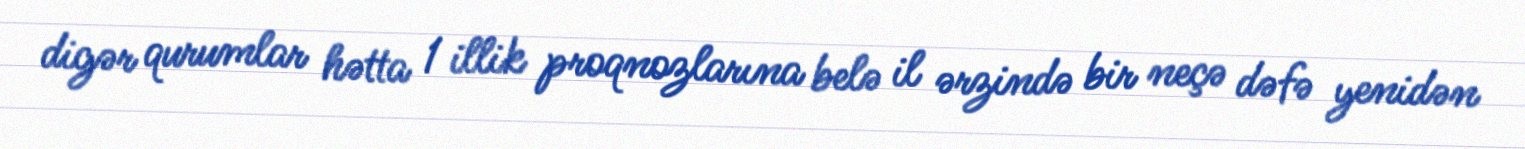
digər qurumlar hətta 1 illik proqnozlarına belə il ərzində bir neçə dəfə yenidən